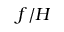
f / H